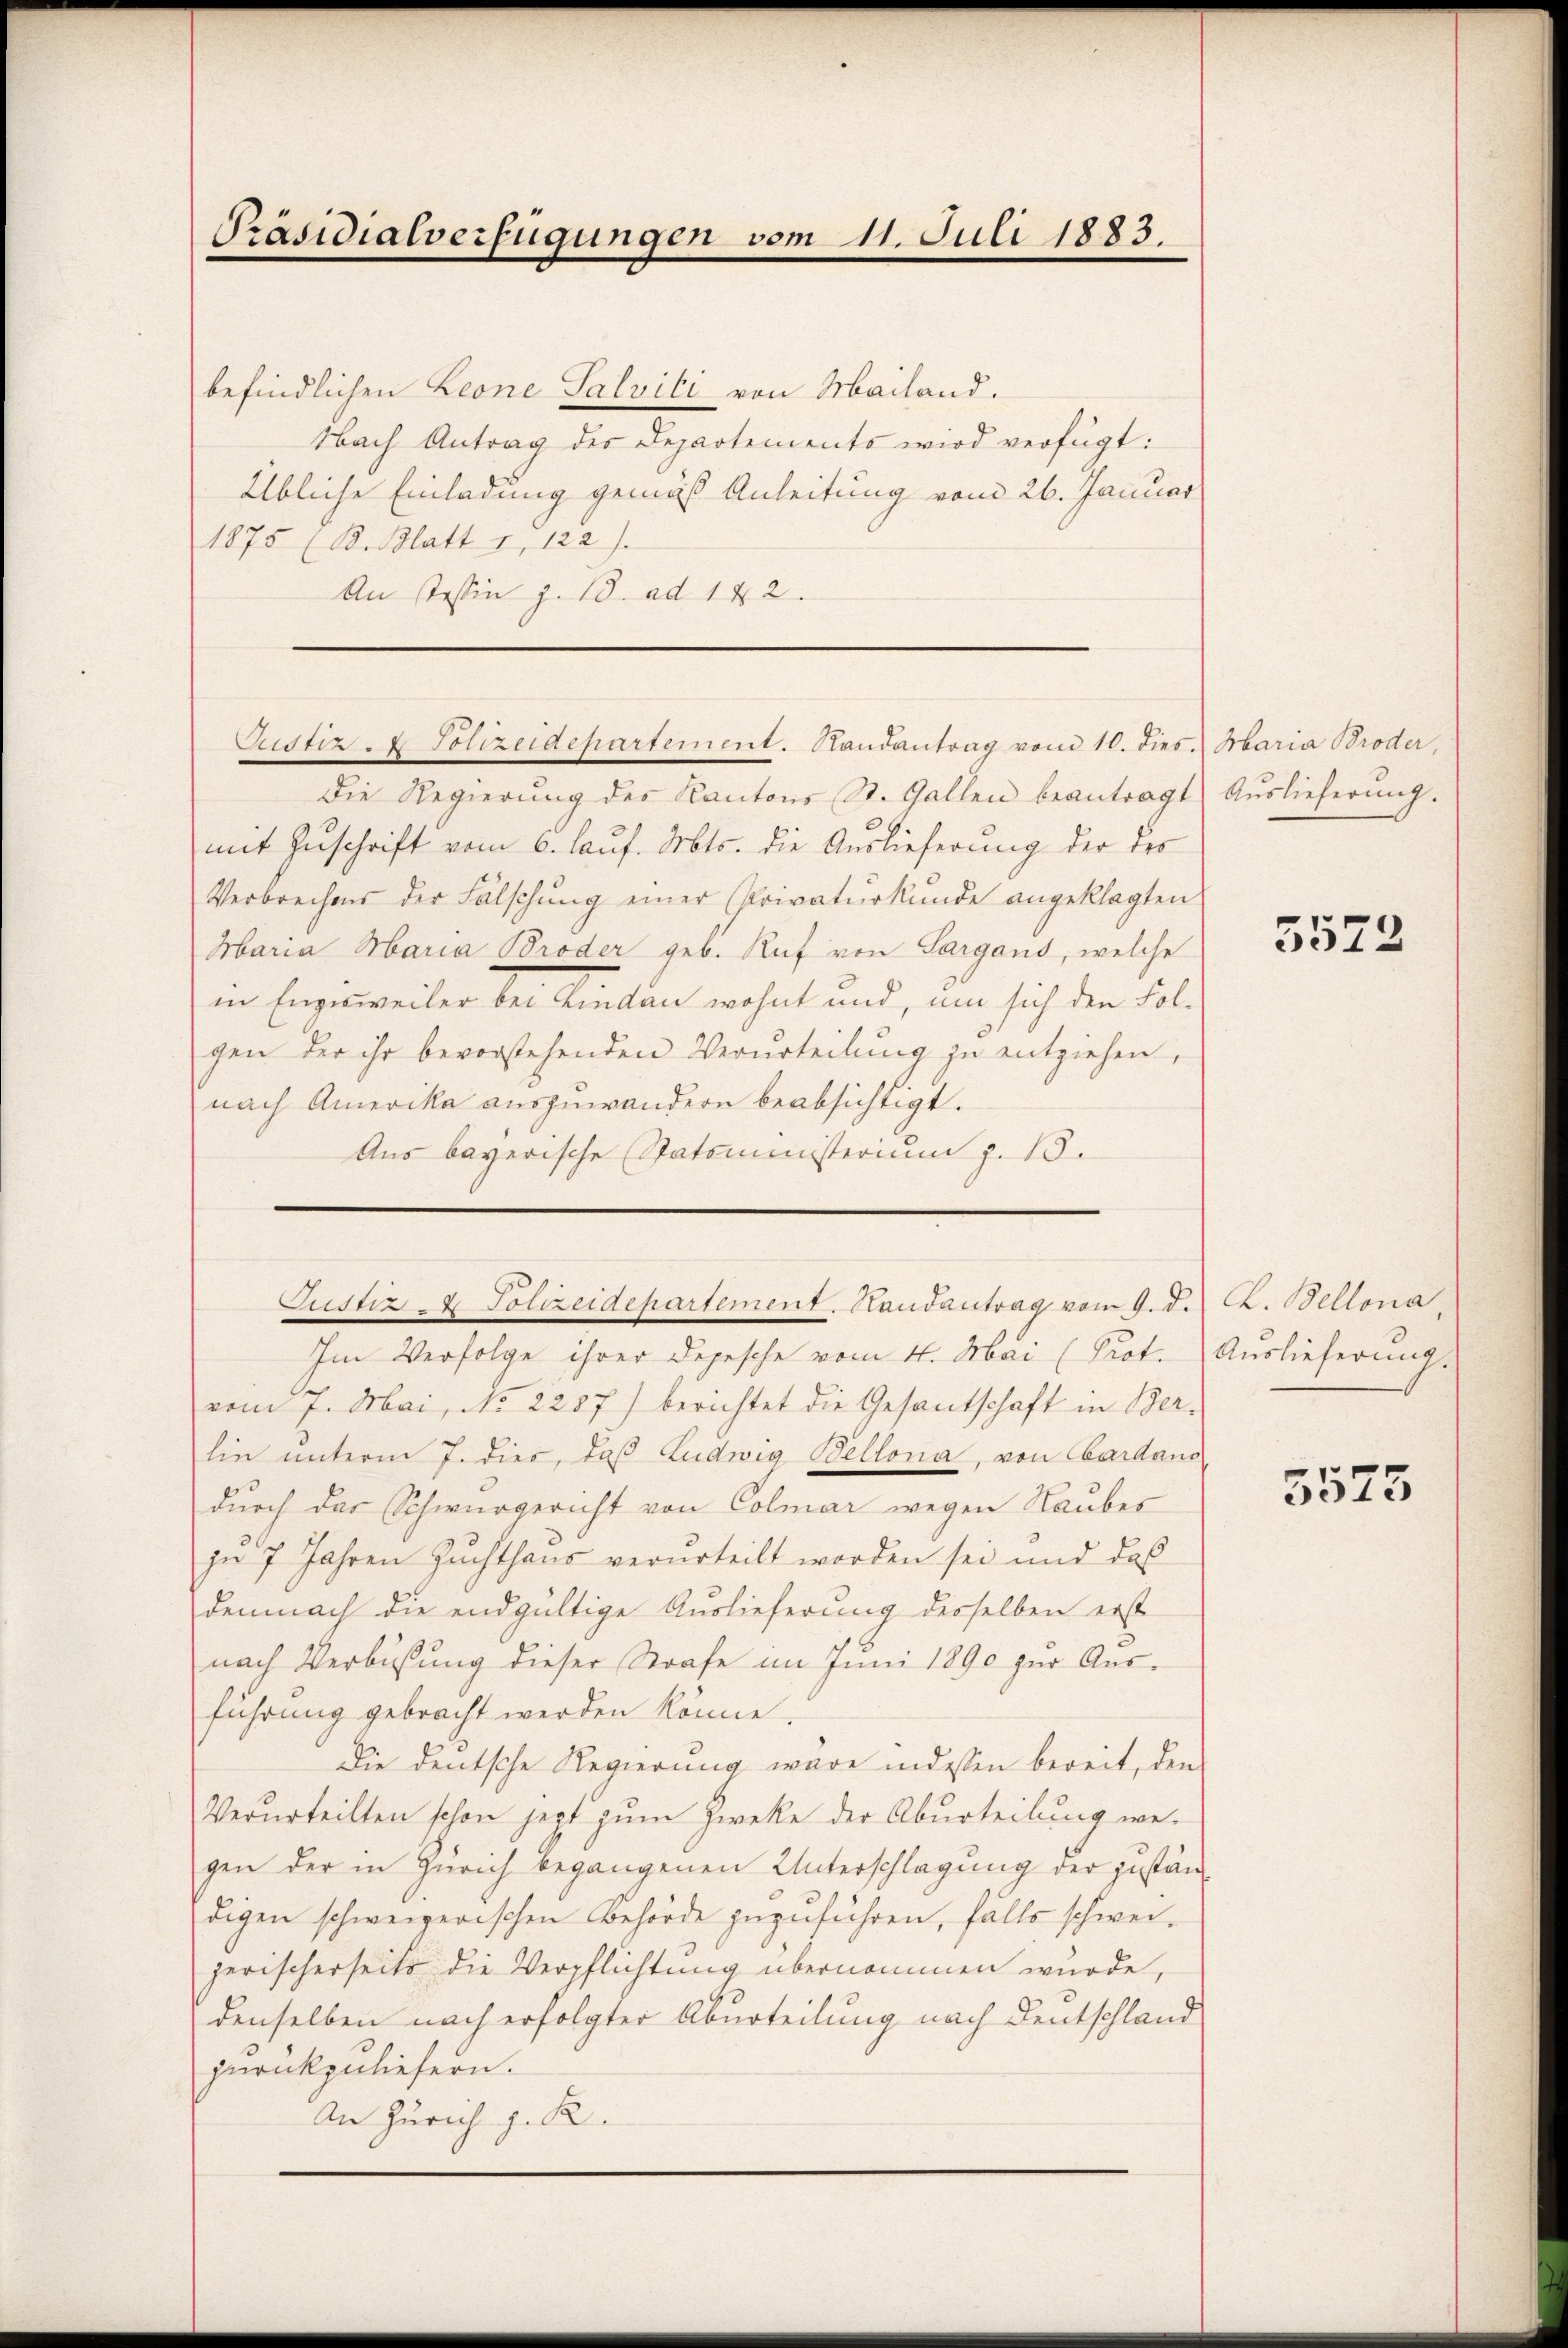
Präsidialverfügungen vom 11. Juli 1883.

befindlichen Leone Salvili von Mailand.
Nach Antrag der Departements wird verfügt:
Übliche Einladung gemäß Anleitung vom 26. Januar
1875 (B. Blatt 1, 122).
An Tessin z. 13. ad 142.
Die Regierŭng des Kantons St. Gallen beantragt Aŭslieferŭng.
mit Zuschrift vom 6. lauf. Mts. die Auslieferung der des
Verbrechens der Fälschung einer Privaturkunde angeklagten
Maria Maria Broder geb. Ruf von Sargans, welche
in Enge weiler bei Kinden wohnt und, um sich den Fol-
gen der ihr bevorstehenden Verurteilung zu entziehen,
nach Amerika auszuwandern beabsichtigt.
Aus bayerische Statoministerium z. 13.
Justiz & Polizeidepartement. Handantrag vom 9. d. K. Bellona
Im Verfolge ihrer Depesche vom 4. Mai (Prot. Auslieferung
vom 7. Mai, No. 2287) berichtet die Gesandschaft in Ber-
lin unterm 7. dies, daß Ludwig Bellona, von Cardaus
durch das Schwurgericht von Colmar wegen Raubes
jn 7 Jahren Zuchthaus verurteilt worden sei und das
demnach die endgültige Auslieferung derselben erst
nach Verbüßung dieser Strafe im Juni 1890 zur Aus-
führung gebracht werden könne.
Die deutsche Regierung wäre indessen bereit, den
Verurteilten schon jezt zum Zwecke der Aburteilung wegen der in Zürich begangenen Unterschlagung der zuständigen schweizerischen Behörde zuzuführen, falls schweijerischerseits die Verpflichtung übernommen wurde,
denselben nach erfolgter Aburteilung nach Deutschland
zurückzuliefern.
An Zürich z. R.

Custiz- & Polizeidepartement. Randantrag vom 10. dies. Maria Broder,

5572

5575